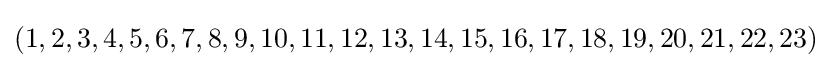
(1,2,3,4,5,6,7,8,9,10,11,12,13,14,15,16,17,18,19,20,21,22,23)